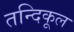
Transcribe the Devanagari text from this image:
तन्दिकूल